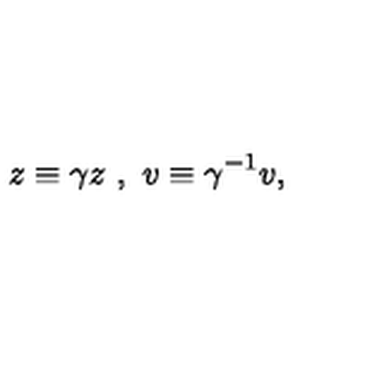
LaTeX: z \equiv \gamma z \ , \ v \equiv \gamma ^ { - 1 } v ,